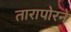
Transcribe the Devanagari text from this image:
तारापोरने